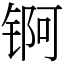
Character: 锕